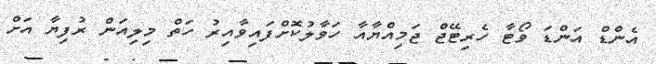
އެންޑް އަންޑަ ވޯޓާ ހެރިޓޭޖް ޖަމިއްޔާއާ ހަވާލުކޮށްފައިވާއިރު ހަތް މިލިއަން ރުފިޔާ އަށް